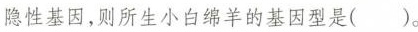
隐性基因，则所生小白绵羊的基因型是( )。